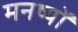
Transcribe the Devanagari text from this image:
मनष्यों